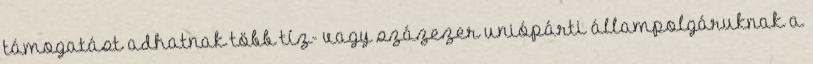
támogatást adhatnak több tíz- vagy százezer uniópárti állampolgáruknak a